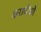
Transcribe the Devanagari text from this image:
करायीऒ